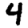
Digit: 4